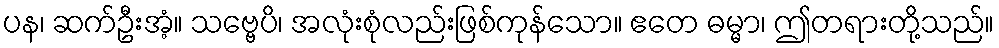
ပန၊ ဆက်ဦးအံ့။ သဗ္ဗေပိ၊ အလုံးစုံလည်းဖြစ်ကုန်သော။ ဧတေ ဓမ္မာ၊ ဤတရားတို့သည်။